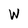
Character: W